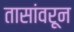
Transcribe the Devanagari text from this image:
तासांवरून